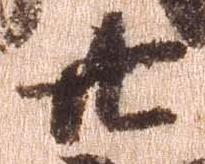
廿